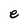
Character: e